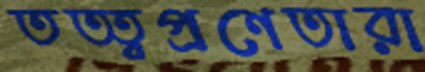
তত্ত্বপ্রণেতারা